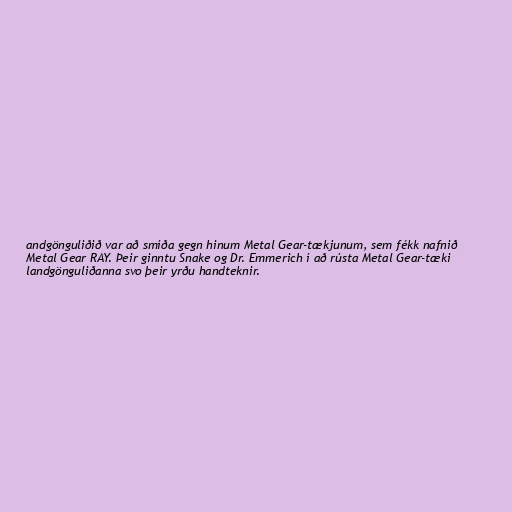
andgönguliðið var að smíða gegn hinum Metal Gear-tækjunum, sem fékk nafnið
Metal Gear RAY. Þeir ginntu Snake og Dr. Emmerich í að rústa Metal Gear-tæki
landgönguliðanna svo þeir yrðu handteknir.